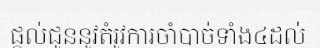
ផ្តល់ជូននូវតំរូវការចាំបាច់ទាំង៤ដល់